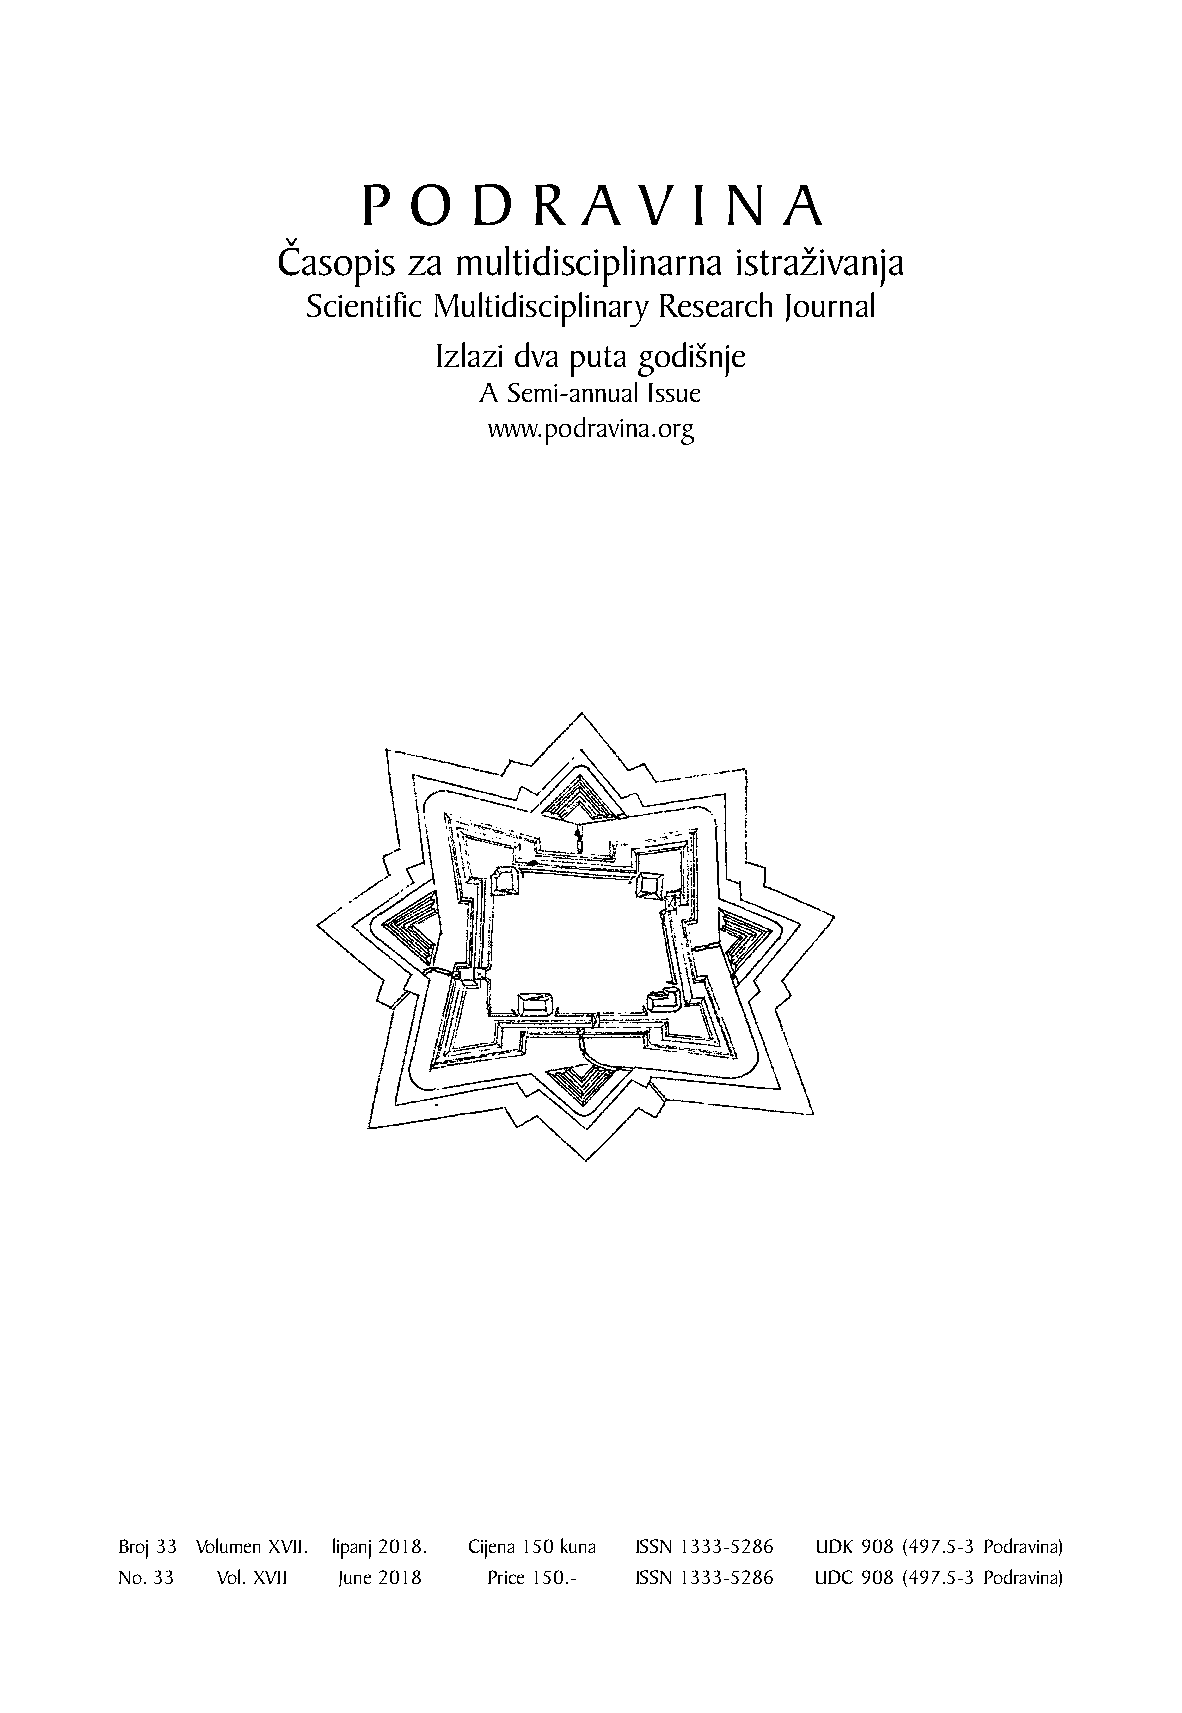
P  O   D   R   A  V   I N   A
 Časopis  za multidisciplinarna istraživanja
 Scientific Multidisciplinary Research Journal
 Izlazi dva puta godišnje
 A Semi-annual Issue
 www.podravina.org
 Broj 33 Volumen XVII. lipanj 2018. Cijena 150 kuna ISSN 1333-5286 UDK 908 (497.5-3 Podravina)
 No. 33 Vol. XVII June 2018 Price 150.- ISSN 1333-5286 UDC 908 (497.5-3 Podravina)